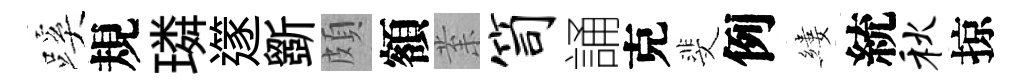
蹊規璘𨗹斵頗額𭪙笥誦克斐例縷統秋掠